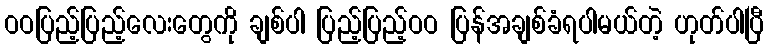
ဝဝပြည့်ပြည့်လေးတွေကို ချစ်ပါ ပြည့်ပြည့်ဝဝ ပြန်အချစ်ခံရပါမယ်တဲ့ ဟုတ်ပါပြီ